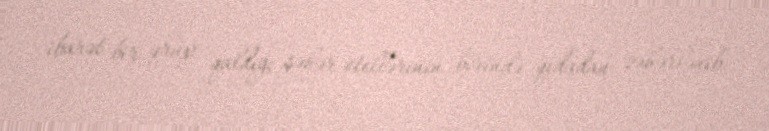
ibarət bir qrup qaldığı şəhər otellərinin birində qidadan zəhərlənib.